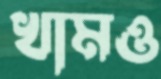
খামও